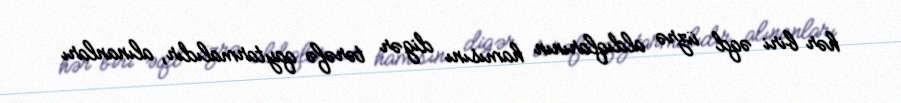
hər biri əqd üzrə aldıqlarının hamısını digər tərəfə qaytarmalıdır, alınanları